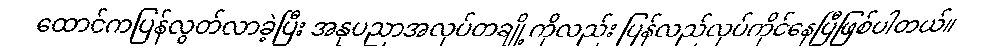
ထောင်ကပြန်လွတ်လာခဲ့ပြီး အနုပညာအလုပ်တချို့ကိုလည်း ပြန်လည်လုပ်ကိုင်နေပြီဖြစ်ပါတယ်။